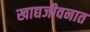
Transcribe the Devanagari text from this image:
खाद्यजीवनात